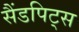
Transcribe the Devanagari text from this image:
सैंडपिट्स